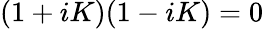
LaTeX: (1+iK)(1-iK)=0